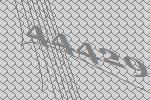
44429